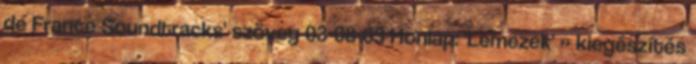
de France Soundtracks' szöveg 03-08-03 Honlap: 'Lemezek' » kiegészítés